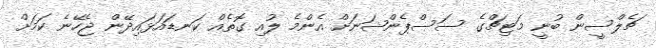
ޗެލްސީން ބުނީ މަޓިޗްގެ ސަސްޕެންޝަނަށް އެންމެ ލުއި ގޮތެއް ކަނޑައަޅައިދޭން ޖެހޭނެ ކަމަށް